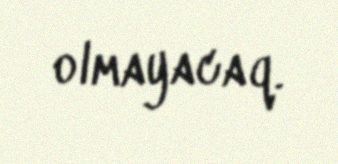
olmayacaq.